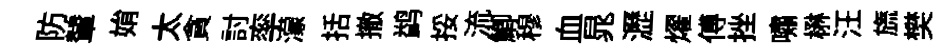
防輦姢太貪討率濛括撤鹢挼流鯽穆血晁瀝燿傅挫嘯楙汪旒樊